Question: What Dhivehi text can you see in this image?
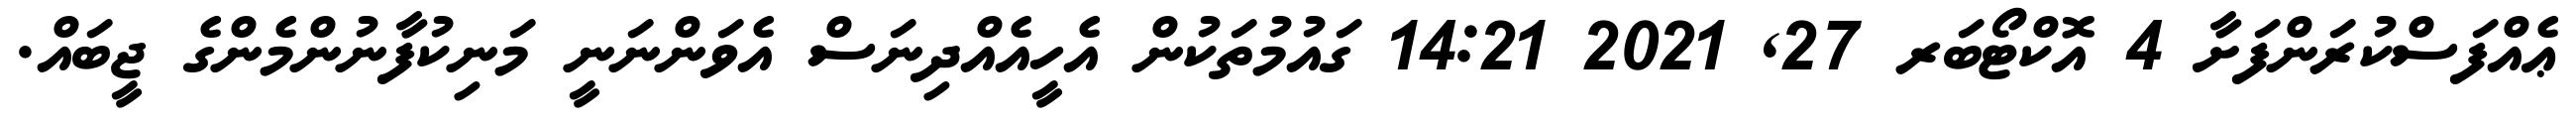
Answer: ޢެއްފަސްކުރަންފަށާ 4 އޮކްޓޯބަރ 27, 2021 14:21 ގައުމުތަކުން އެހީއެއްދިނަސް އެވަންނަނީ މަނިކުފާނުންމެންގެ ޖީބައް.